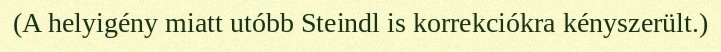
(A helyigény miatt utóbb Steindl is korrekciókra kényszerült.)